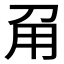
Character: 𤰄